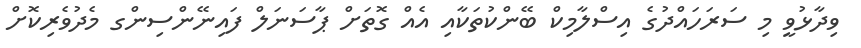
ވިދާޅުވީ މި ސަރަހައްދުގެ އިސްލާމިކް ބޭންކުތަކާއި އެއް ގޮތަށް ޕާސަނަލް ފައިނޭންސިންގ މެދުވެރިކޮށް